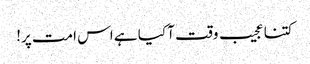
کتنا عجیب وقت آ کیا ہے اس امت پر!